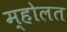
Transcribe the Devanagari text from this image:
म्होलत